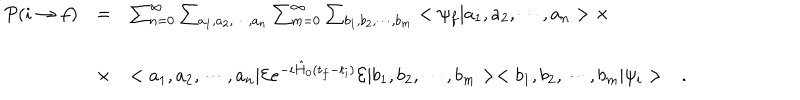
\begin{array} { c c l } { { P ( i \rightarrow f ) } } & { { = } } & { { \sum _ { n = 0 } ^ { \infty } \sum _ { a _ { 1 } , a _ { 2 } , \cdots , a _ { n } } \sum _ { m = 0 } ^ { \infty } \sum _ { b _ { 1 } , b _ { 2 } , \cdots , b _ { m } } < \psi _ { f } | a _ { 1 } , a _ { 2 } , \cdots , a _ { n } > \times } } \\ { { } } & { { \times } } & { { < a _ { 1 } , a _ { 2 } , \cdots , a _ { n } | { \cal E } e ^ { - i \hat { H } _ { 0 } ( t _ { f } - t _ { i } ) } { \cal E } | b _ { 1 } , b _ { 2 } , \cdots , b _ { m } > < b _ { 1 } , b _ { 2 } , \cdots , b _ { m } | \psi _ { i } > \ \ \ . } } \\ \end{array}